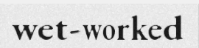
wet-worked